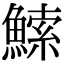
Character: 𬵠